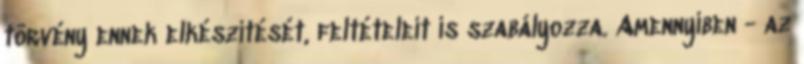
törvény ennek elkészítését, feltételeit is szabályozza. Amennyiben - az